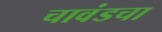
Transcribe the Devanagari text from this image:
चावंडचा